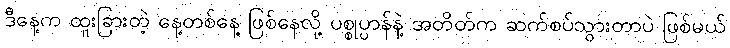
ဒီနေ့က ထူးခြားတဲ့ နေ့တစ်နေ့ ဖြစ်နေလို့ ပစ္စုပ္ပာန်နဲ့ အတိတ်က ဆက်စပ်သွားတာပဲ ဖြစ်မယ်